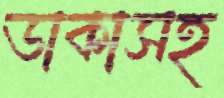
ডাকাসহ